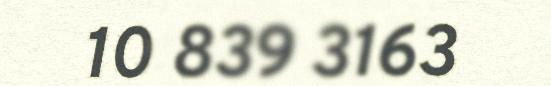
10 839 3163